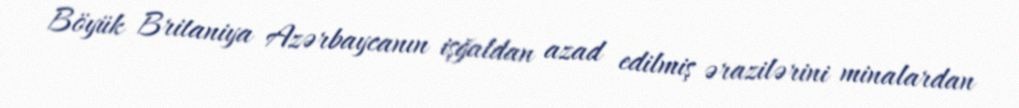
Böyük Britaniya Azərbaycanın işğaldan azad edilmiş ərazilərini minalardan